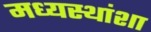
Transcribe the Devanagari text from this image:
मध्यस्थांशा